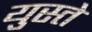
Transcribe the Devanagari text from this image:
युस्ते